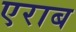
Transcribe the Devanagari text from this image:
एराब